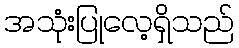
အသုံးပြုလေ့ရှိသည်